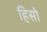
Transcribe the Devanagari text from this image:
हिसो